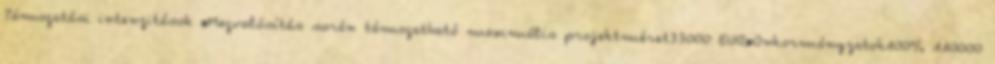
Támogatási intenzitások ▪Megvalósítás során támogatható maximális projektméret33000 EUR▪Önkormányzatok100% 110000